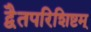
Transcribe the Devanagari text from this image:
द्वैतपरिशिष्टम्